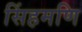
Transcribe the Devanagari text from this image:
सिंहमणि